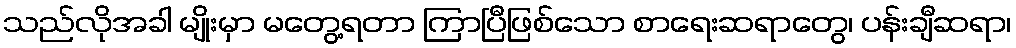
သည်လိုအခါ မျိုးမှာ မတွေ့ရတာ ကြာပြီဖြစ်သော စာရေးဆရာတွေ၊ ပန်းချီဆရာ၊